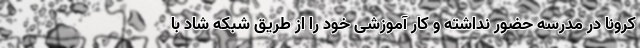
کرونا در مدرسه حضور نداشته و کار آموزشی خود را از طریق شبکه شاد با